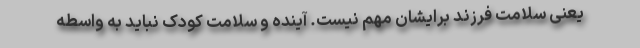
یعنی سلامت فرزند برایشان مهم نیست. آینده و سلامت کودک نباید به واسطه